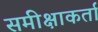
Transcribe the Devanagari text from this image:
समीक्षाकर्ता